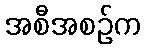
အစီအစဉ်က